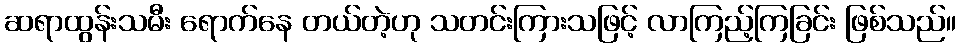
ဆရာထွန်းသမီး ရောက်နေ တယ်တဲ့ဟု သတင်းကြားသဖြင့် လာကြည့်ကြခြင်း ဖြစ်သည်။